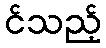
င်သည့်